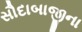
સૌદાબાજીના